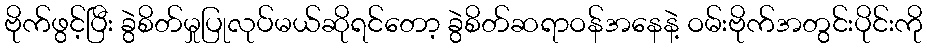
ဗိုက်ဖွင့်ပြီး ခွဲစိတ်မှုပြုလုပ်မယ်ဆိုရင်တော့ ခွဲစိတ်ဆရာဝန်အနေနဲ့ ဝမ်းဗိုက်အတွင်းပိုင်းကို